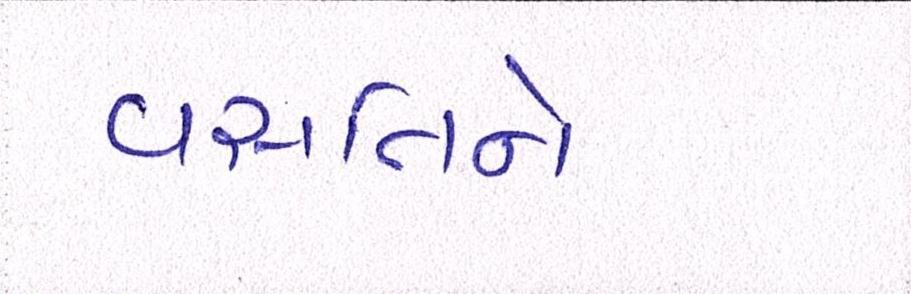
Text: વસતિને